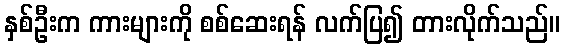
နှစ်ဦးက ကားများကို စစ်ဆေးရန် လက်ပြ၍ တားလိုက်သည်။